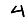
Digit: 4